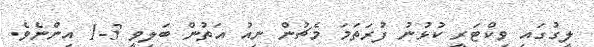
ލީގުގައި ވިކްޓަރީ ކުޅުނު ފުރަތަމަ މެޗުން ނިއު އަތުން ބަލިވީ 3-1 އިންނެވެ.